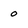
Character: o